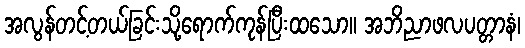
အလွန်တင့်တယ်ခြင်းသို့ရောက်ကုန်ပြီးထသော။ အဘိညာဖလပတ္တာနံ၊